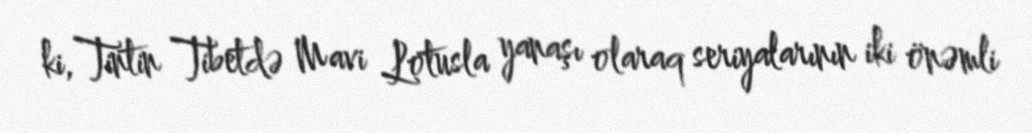
ki, Tintin Tibetdə Mavi Lotusla yanaşı olaraq seriyalarının iki önəmli